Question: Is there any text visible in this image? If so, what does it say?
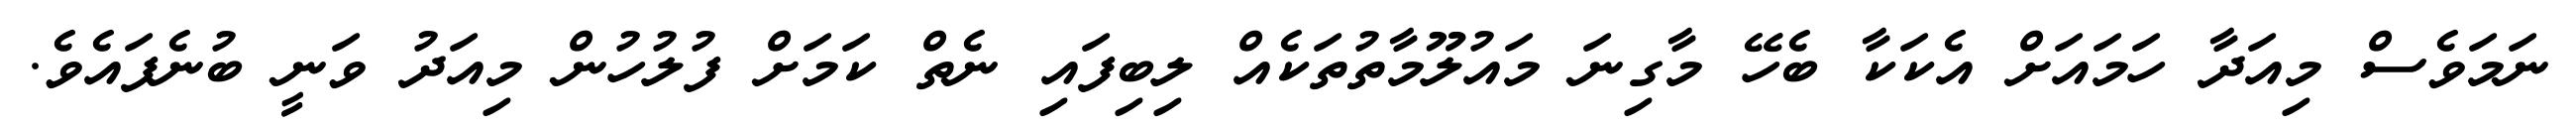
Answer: ނަމަވެސް މިއަދާ ހަމައަށް އެކަކާ ބެހޭ މާގިނަ މައުލޫމާތުތަކެއް ލިބިފައި ނެތް ކަމަށް ފުލުހުން މިއަދު ވަނީ ބުނެފައެވެ.